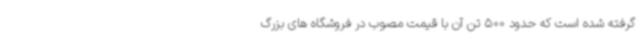
گرفته شده است که حدود 500 تن آن با قیمت مصوب در فروشگاه های بزرگ